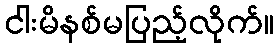
ငါးမိနစ်မပြည့်လိုက်။